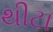
થીટા